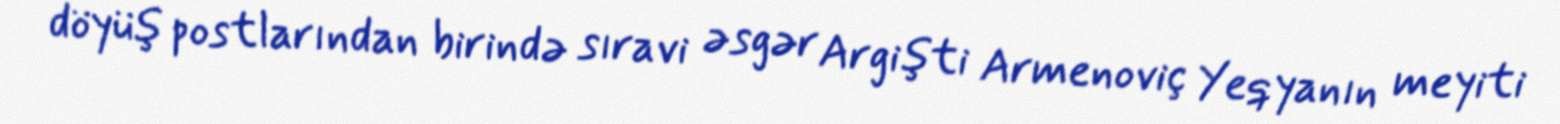
döyüş postlarından birində sıravi əsgər Argişti Armenoviç Yeqyanın meyiti